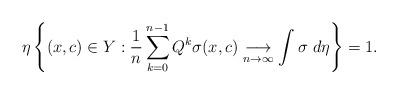
LaTeX: \begin{align*}\eta\left\{(x,c) \in Y : \frac{1}{n} \sum_{k=0}^{n-1} Q^k \sigma(x,c) \underset{n \to \infty}{\longrightarrow} \int \sigma \ d \eta \right\}=1.\end{align*}